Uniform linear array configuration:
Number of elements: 4
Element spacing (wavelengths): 0.75
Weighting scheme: hamming
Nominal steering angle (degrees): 60
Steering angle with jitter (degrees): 61.884
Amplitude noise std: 0.05
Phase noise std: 0.05

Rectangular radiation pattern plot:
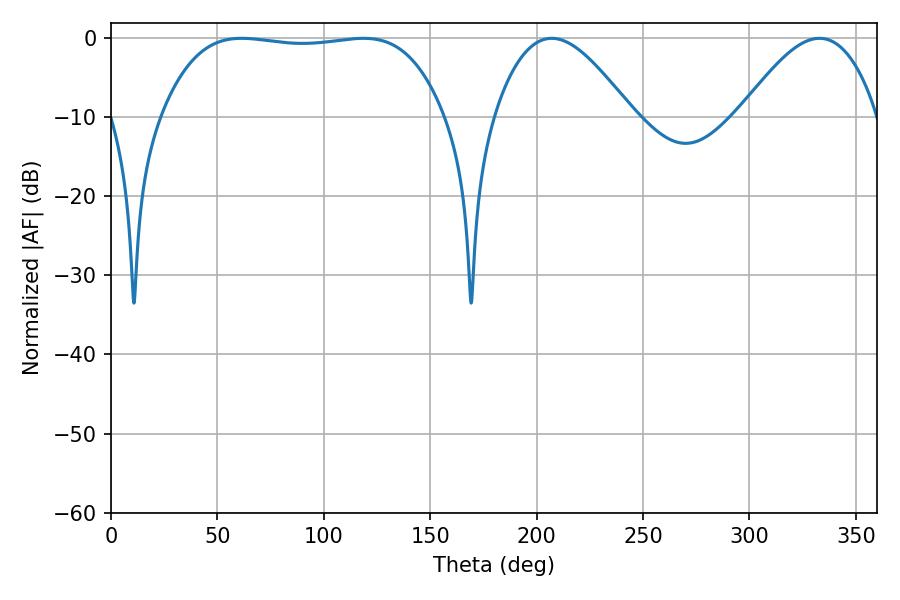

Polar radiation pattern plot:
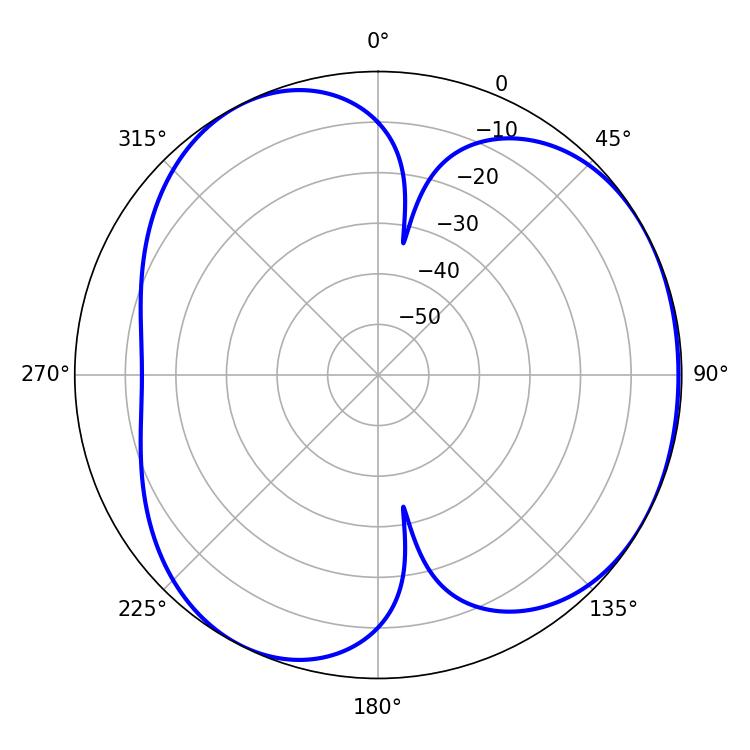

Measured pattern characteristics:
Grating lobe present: TRUE
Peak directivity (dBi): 3.943
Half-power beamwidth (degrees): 104.76
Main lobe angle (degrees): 61.38